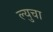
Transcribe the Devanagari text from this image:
ल्युचा